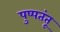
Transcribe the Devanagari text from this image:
पुष्पतंतू